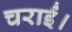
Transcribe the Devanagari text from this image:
चराईं।